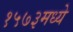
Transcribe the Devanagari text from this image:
१५७३मध्ये